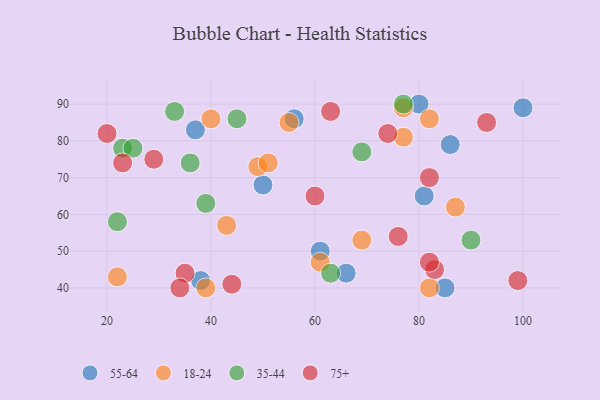
{"axis": {"x": "GDP", "y": "Life Expectancy"}, "legend": ["18-24", "35-44", "55-64", "75+"], "data": [{"x": "61", "y": 50, "type": "55-64"}, {"x": "56", "y": 86, "type": "55-64"}, {"x": "50", "y": 68, "type": "55-64"}, {"x": "85", "y": 40, "type": "55-64"}, {"x": "80", "y": 90, "type": "55-64"}, {"x": "86", "y": 79, "type": "55-64"}, {"x": "37", "y": 83, "type": "55-64"}, {"x": "100", "y": 89, "type": "55-64"}, {"x": "38", "y": 42, "type": "55-64"}, {"x": "81", "y": 65, "type": "55-64"}, {"x": "66", "y": 44, "type": "55-64"}, {"x": "69", "y": 53, "type": "18-24"}, {"x": "40", "y": 86, "type": "18-24"}, {"x": "77", "y": 81, "type": "18-24"}, {"x": "55", "y": 85, "type": "18-24"}, {"x": "49", "y": 73, "type": "18-24"}, {"x": "82", "y": 40, "type": "18-24"}, {"x": "43", "y": 57, "type": "18-24"}, {"x": "22", "y": 43, "type": "18-24"}, {"x": "87", "y": 62, "type": "18-24"}, {"x": "77", "y": 89, "type": "18-24"}, {"x": "39", "y": 40, "type": "18-24"}, {"x": "51", "y": 74, "type": "18-24"}, {"x": "61", "y": 47, "type": "18-24"}, {"x": "82", "y": 86, "type": "18-24"}, {"x": "36", "y": 74, "type": "35-44"}, {"x": "33", "y": 88, "type": "35-44"}, {"x": "39", "y": 63, "type": "35-44"}, {"x": "23", "y": 78, "type": "35-44"}, {"x": "22", "y": 58, "type": "35-44"}, {"x": "90", "y": 53, "type": "35-44"}, {"x": "77", "y": 90, "type": "35-44"}, {"x": "63", "y": 44, "type": "35-44"}, {"x": "25", "y": 78, "type": "35-44"}, {"x": "69", "y": 77, "type": "35-44"}, {"x": "45", "y": 86, "type": "35-44"}, {"x": "74", "y": 82, "type": "75+"}, {"x": "82", "y": 70, "type": "75+"}, {"x": "23", "y": 74, "type": "75+"}, {"x": "99", "y": 42, "type": "75+"}, {"x": "76", "y": 54, "type": "75+"}, {"x": "44", "y": 41, "type": "75+"}, {"x": "83", "y": 45, "type": "75+"}, {"x": "82", "y": 47, "type": "75+"}, {"x": "35", "y": 44, "type": "75+"}, {"x": "60", "y": 65, "type": "75+"}, {"x": "20", "y": 82, "type": "75+"}, {"x": "34", "y": 40, "type": "75+"}, {"x": "93", "y": 85, "type": "75+"}, {"x": "29", "y": 75, "type": "75+"}, {"x": "63", "y": 88, "type": "75+"}]}